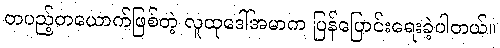
တပည့်တယောက်ဖြစ်တဲ့ လူထုဒေါ်အမာက ပြန်ပြောင်းရေးခဲ့ပါတယ်။